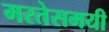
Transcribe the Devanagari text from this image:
मरतेसमयी